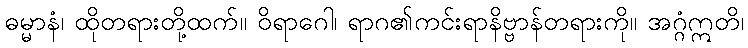
ဓမ္မာနံ၊ ထိုတရားတို့ထက်။ ဝိရာဂေါ၊ ရာဂ၏ကင်းရာနိဗ္ဗာန်တရားကို။ အဂ္ဂံဣတိ၊